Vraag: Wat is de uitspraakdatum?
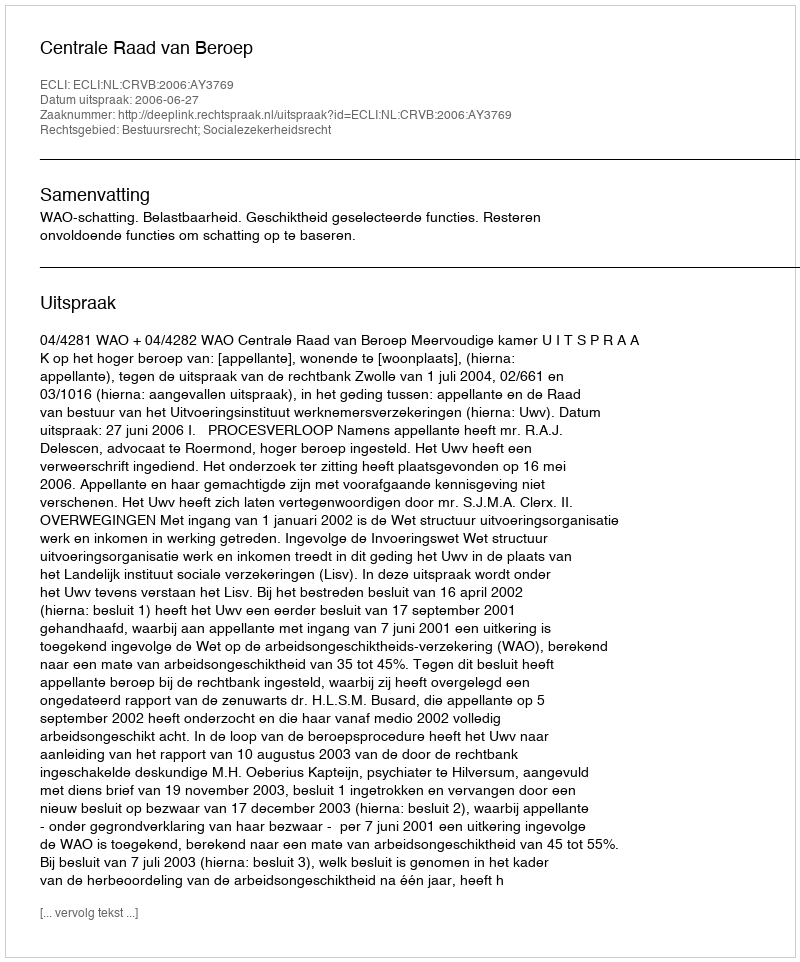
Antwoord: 2006-06-27